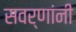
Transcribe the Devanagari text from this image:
सवर्णांनी